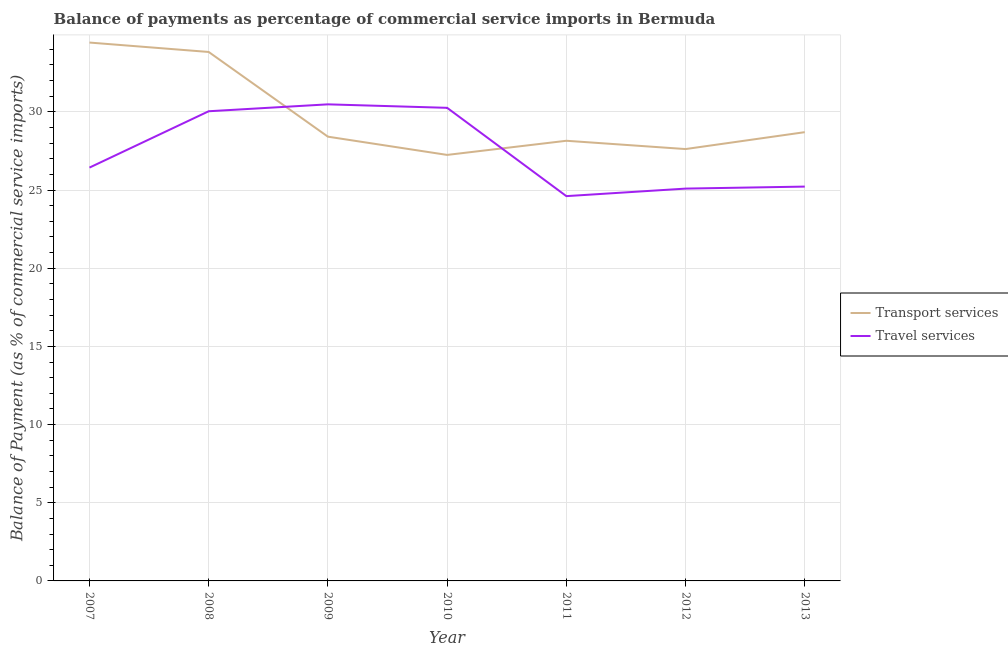
| Year | Transport services | Travel services |
 | --- | --- | --- |
 | 2007 | 34.4 | 26.4 |
 | 2008 | 33.8 | 30 |
 | 2009 | 28.4 | 30.5 |
 | 2010 | 27.2 | 30.3 |
 | 2011 | 28.2 | 24.6 |
 | 2012 | 27.6 | 25.1 |
 | 2013 | 28.7 | 25.2 |